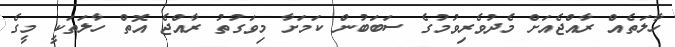
ހާލަތެއް ރާއްޖެއަށް މެދުވެރިވުމުގެ ސަބަބުން ކަމަށާ މިވަގުތު ރާއްޖެ އޮތް ހާލަތަކީ މީގެ